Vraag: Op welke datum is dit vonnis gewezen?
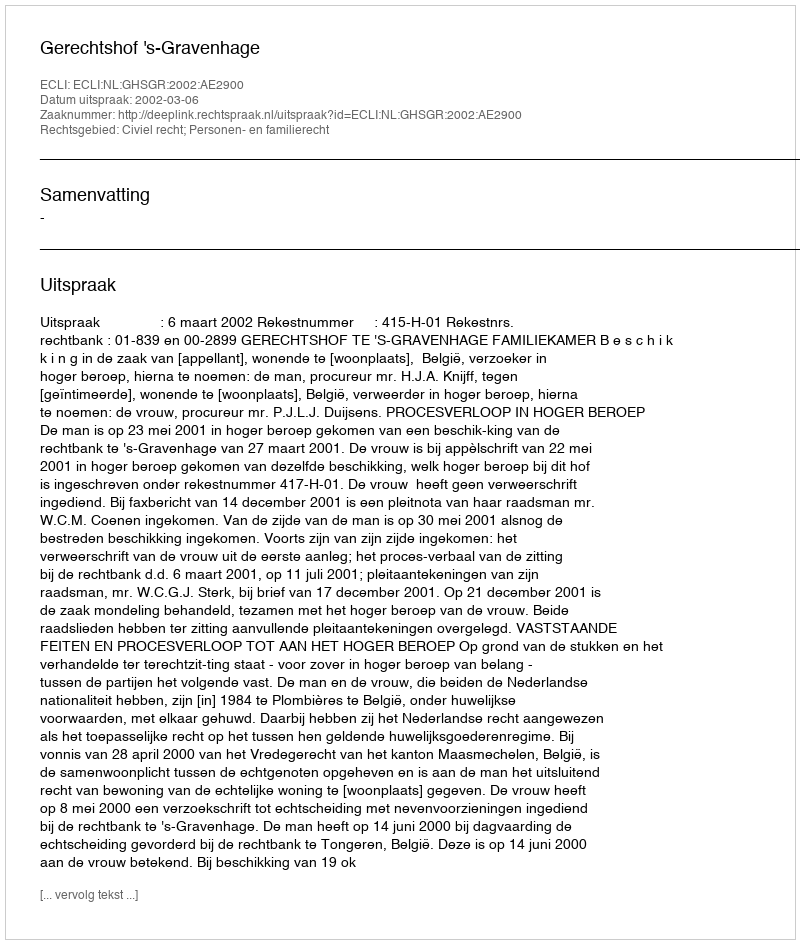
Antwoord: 2002-03-06